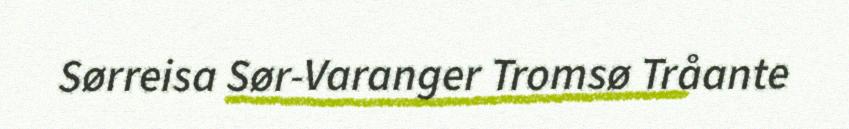
Sørreisa Sør-Varanger Tromsø Tråante